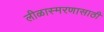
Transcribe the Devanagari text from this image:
लीळास्मरणासाठी